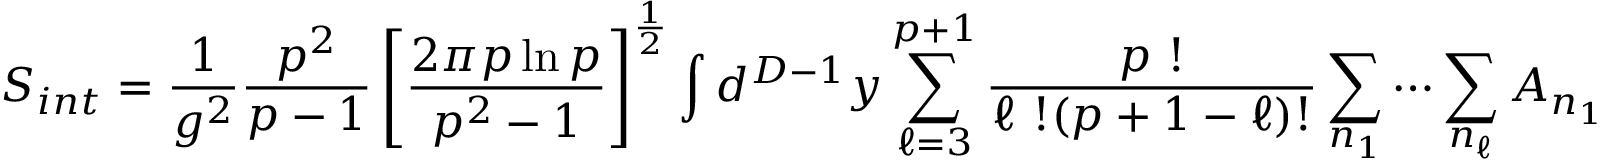
S _ { i n t } = \frac { 1 } { g ^ { 2 } } \frac { p ^ { 2 } } { p - 1 } \left[ \frac { 2 \pi p \ln p } { p ^ { 2 } - 1 } \right] ^ { \frac { 1 } { 2 } } \int d ^ { D - 1 } y \sum _ { \ell = 3 } ^ { p + 1 } \frac { p \ ! } { \ell \ ! ( p + 1 - \ell ) ! } \sum _ { n _ { 1 } } \cdots \sum _ { n _ { \ell } } A _ { n _ { 1 } n _ { 2 } \dots n _ { \ell } } \prod _ { i = 1 } ^ { \ell } \psi _ { n _ { i } } ( y ) ,